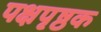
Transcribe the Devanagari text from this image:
पक्षपृष्ठक